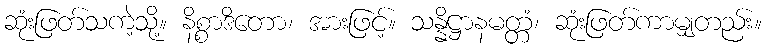
ဆုံးဖြတ်သကဲ့သို့။ နိစ္စာဒိတော၊ အားဖြင့်။ သန္နိဋ္ဌာနမတ္တံ၊ ဆုံးဖြတ်ကာမျှတည်း။